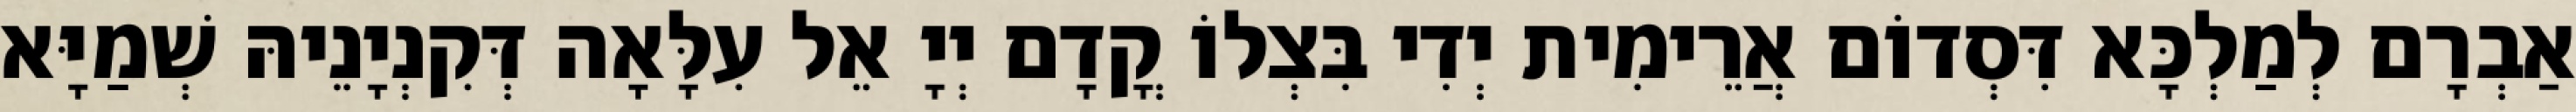
אַבְרָם לְמַלְכָּא דִּסְדוֹם אֲרֵימִית יְדִי בִּצְלוֹ קֳדָם יְיָ אֵל עִלָּאָה דְּקִנְיָנֵיהּ שְׁמַיָּא